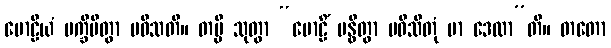
မောဠိယံ ပက္ခိပိတွာ ပဝိသတိ။ တမ္ပိ သုတွာ “မောဠိံ ဗန္ဓိတွာ ပဝိသိတုံ မာ ဒေထာ”တိ။ တတော